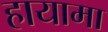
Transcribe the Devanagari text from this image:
हायामा